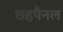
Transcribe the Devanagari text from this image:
छहपैनल